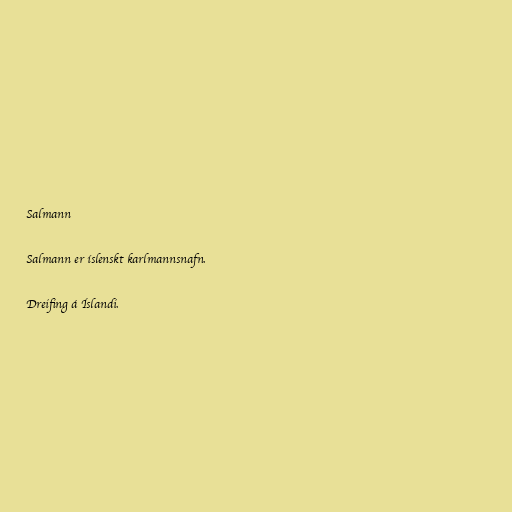
Salmann

Salmann er íslenskt karlmannsnafn.

Dreifing á Íslandi.